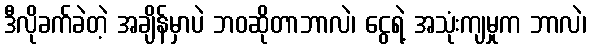
ဒီလိုခက်ခဲတဲ့ အချိန်မှာပဲ ဘဝဆိုတာဘာလဲ၊ ငွေရဲ့ အသုံးကျမှုက ဘာလဲ၊